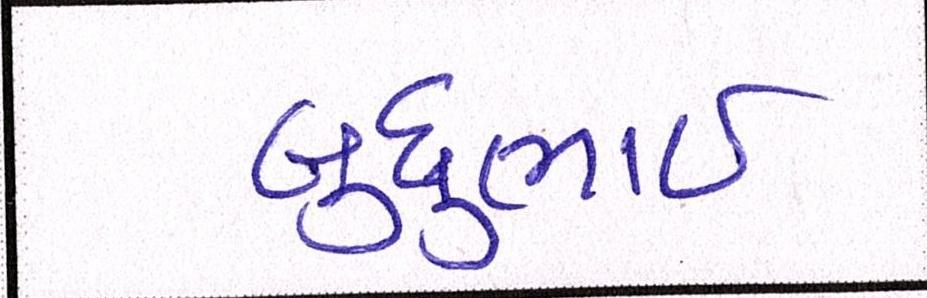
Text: બુધુભાઇ